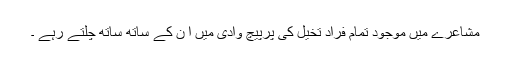
مشاعرے میں موجود تمام فراد تخیل کی پُرپیچ وادی میں اُ ن کے ساتھ ساتھ چلتے رہے ۔